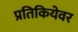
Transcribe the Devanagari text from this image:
प्रतिकियेवर